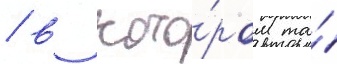
/ в кото́ром та́